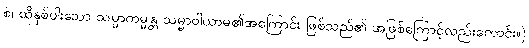
စ၊ ထိုနှစ်ပါးသော သမ္မာကမ္မန္တ သမ္မာဝါယာမ၏အကြောင်း ဖြစ်သည်၏ အဖြစ်ကြောင့်လည်းကောင်း။)